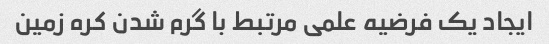
ایجاد یک فرضیه علمی مرتبط با گرم شدن کره زمین